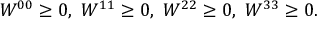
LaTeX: W ^ { 0 0 } \geq 0 , ~ W ^ { 1 1 } \geq 0 , ~ W ^ { 2 2 } \geq 0 , ~ W ^ { 3 3 } \geq 0 .